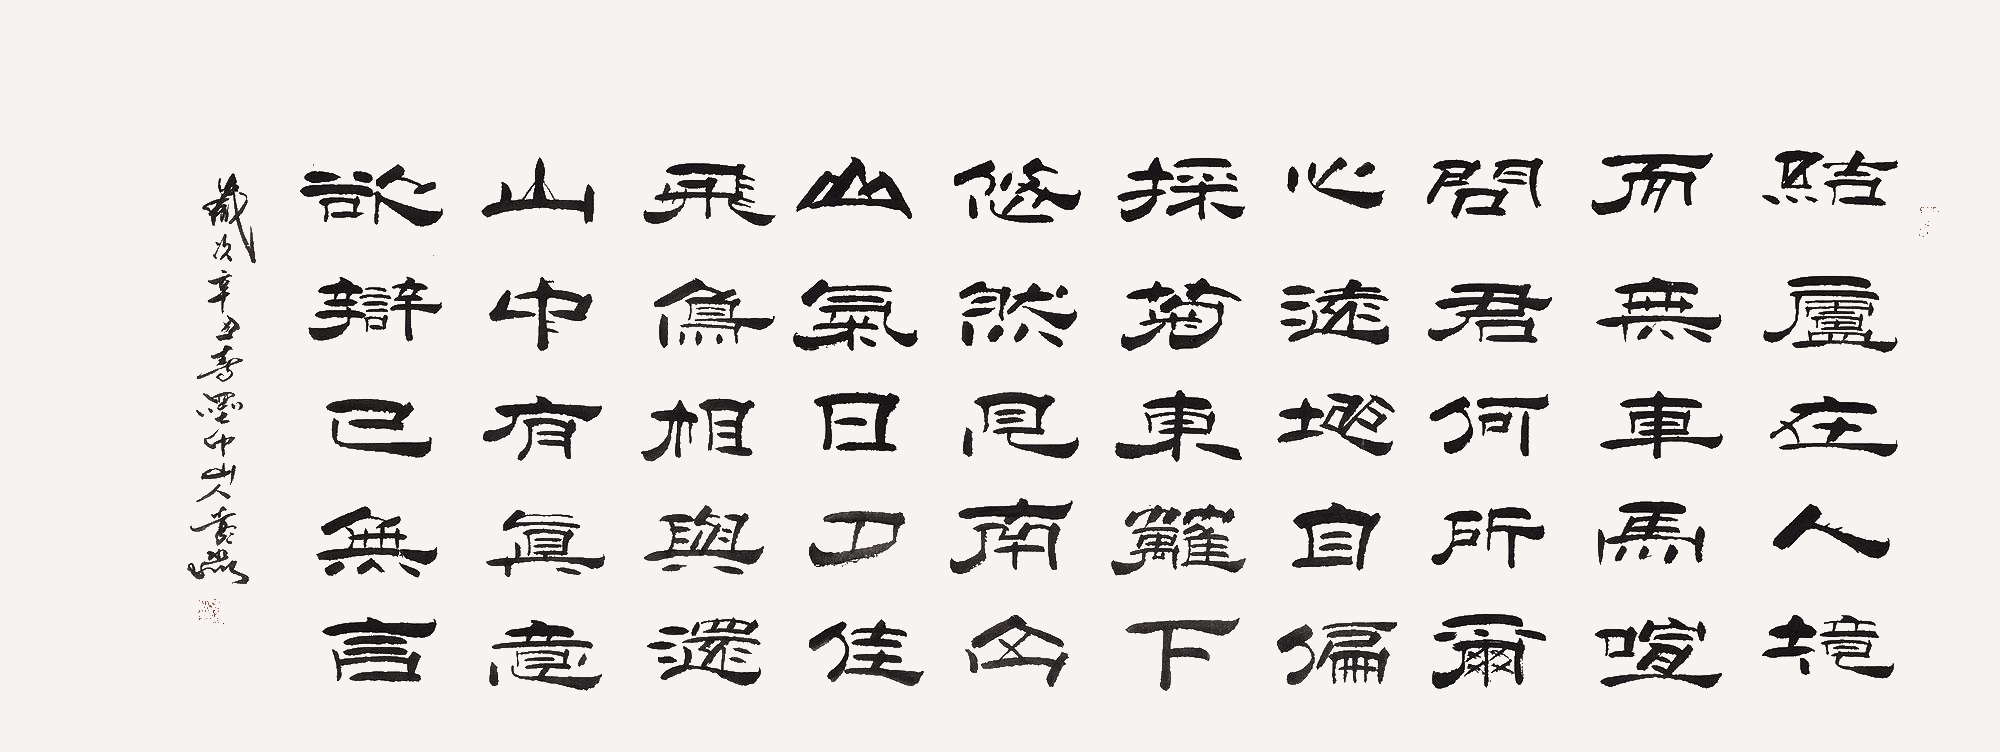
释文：结庐在人境，而无车马喧。问君何能尔？心远地自偏。采菊东篱下，悠然见南山。山气日夕佳，飞鸟相与还。此中有真意，欲辨已忘言。岁次辛丑春墨中山人彭淼